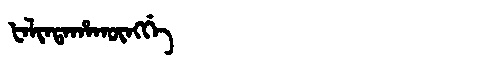
Manchu: ᡶᠠᠯᡳᠨᡨᠠᡥᠠᡴᡡᠩᡤᡝ
Romanization: FALINTAHAKŪNGGE